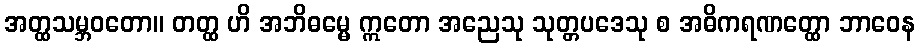
အတ္ထသမ္ဘဝတော။ တတ္ထ ဟိ အဘိဓမ္မေ ဣတော အညေသု သုတ္တပဒေသု စ အဓိကရဏတ္ထော ဘာဝေန